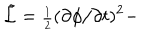
{ \tilde { { \cal L } } } = { \scriptstyle \frac { 1 } { 2 } } ( \partial \phi / \partial t ) ^ { 2 } -